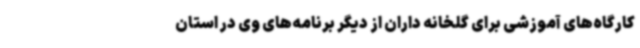
کارگاه‌های آموزشی برای گلخانه داران از دیگر برنامه‌های وی در استان